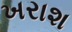
ખરાશ